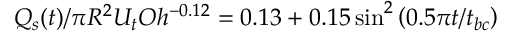
Q _ { s } ( t ) / \pi R ^ { 2 } U _ { t } O h ^ { - 0 . 1 2 } = 0 . 1 3 + 0 . 1 5 \sin ^ { 2 } \left( 0 . 5 \pi { t } / { t _ { b c } } \right)